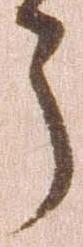
う